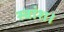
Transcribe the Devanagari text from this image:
स्वांश।